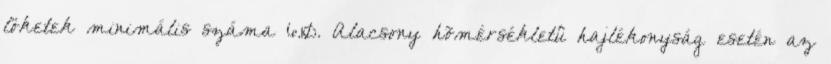
löketek minimális száma 6.10. Alacsony hõmérsékletû hajlékonyság esetén az